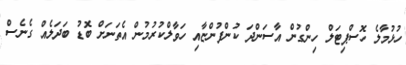
ހުޅުމާލެ ހޮސްޕިޓަލް ހިންގުން އާސަންދަ ކުންފުންޏާއި ހަވާލްކުރުމުން އެތަނަށް ބޮޑު ބަދަލެއް ގެނެސް